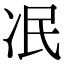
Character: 冺